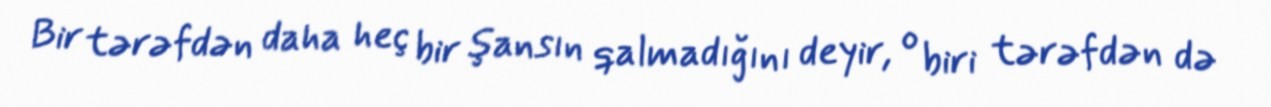
Bir tərəfdən daha heç bir şansın qalmadığını deyir, o biri tərəfdən də